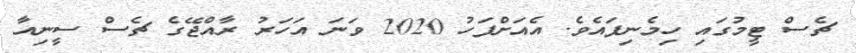
ޗެސް ޓީމުގައި ހިމެނިފައެވެ. އެއަށްފަހު 2020 ވަނަ އަހަރު ރާއްޖޭގެ ޗެސް ސީނިއާ